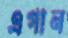
এগান